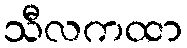
သီလကထာ